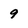
Character: 9